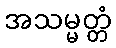
အသမ္မတ္တံ